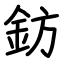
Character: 鈁